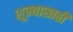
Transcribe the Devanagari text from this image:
शून्यासाठी